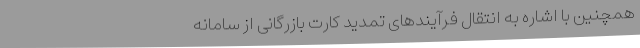
همچنین با اشاره به انتقال فرآیندهای تمدید کارت بازرگانی از سامانه